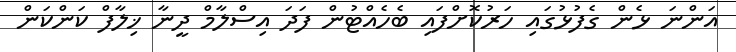
އަންނަ ޅެން ގެފުޅުގައި ހަރުކޮށްފައި ބެހެއްޓުން ފަދަ އިސްލާމް ދީނާ ޚިލާފް ކަންކަން